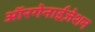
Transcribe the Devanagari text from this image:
ऑरगेनाईज़ेशन